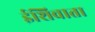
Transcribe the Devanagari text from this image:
ईशिवाता